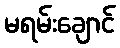
မရမ်းချောင်